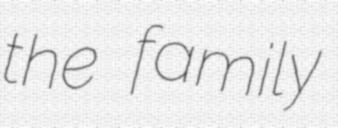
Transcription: the family